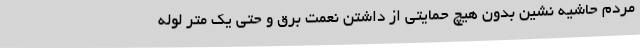
مردم حاشیه نشین بدون هیچ حمایتی از داشتن نعمت برق و حتی یک متر لوله